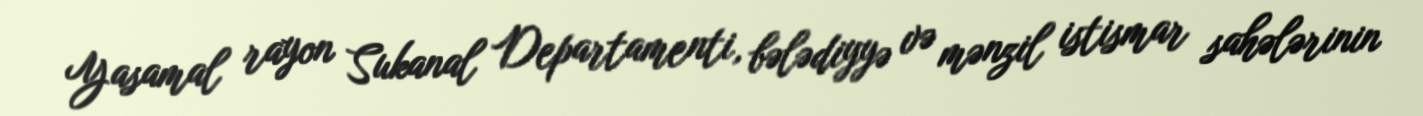
Yasamal rayon Sukanal Departamenti, bələdiyyə və mənzil istismar sahələrinin